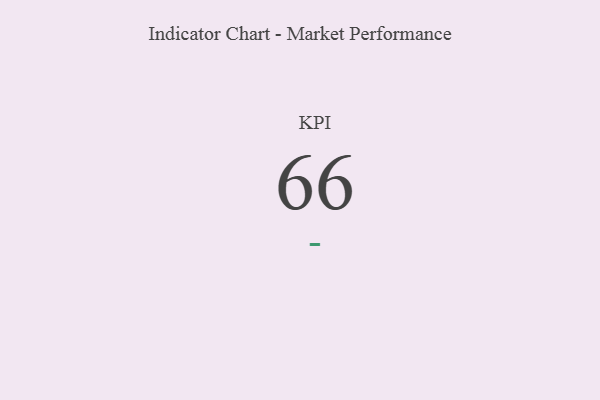
{"axis": {"x": "KPI", "y": "Value"}, "legend": [""], "data": [{"x": "KPI", "y": 66, "type": ""}]}